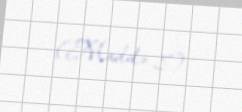
(Maddə 8).